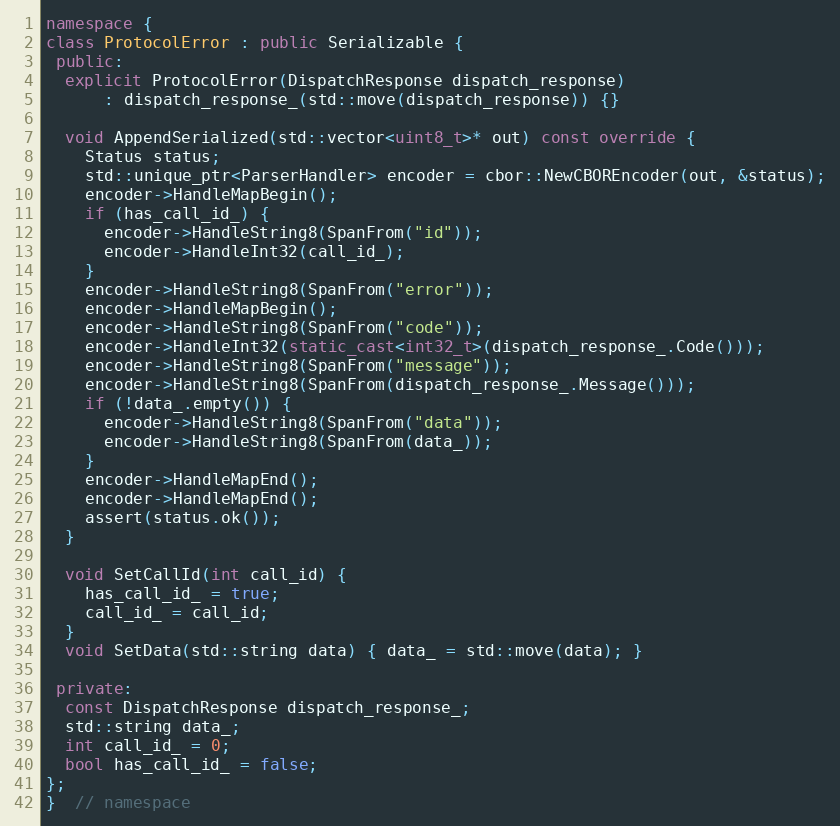
Language: C++
namespace {
class ProtocolError : public Serializable {
 public:
  explicit ProtocolError(DispatchResponse dispatch_response)
      : dispatch_response_(std::move(dispatch_response)) {}

  void AppendSerialized(std::vector<uint8_t>* out) const override {
    Status status;
    std::unique_ptr<ParserHandler> encoder = cbor::NewCBOREncoder(out, &status);
    encoder->HandleMapBegin();
    if (has_call_id_) {
      encoder->HandleString8(SpanFrom("id"));
      encoder->HandleInt32(call_id_);
    }
    encoder->HandleString8(SpanFrom("error"));
    encoder->HandleMapBegin();
    encoder->HandleString8(SpanFrom("code"));
    encoder->HandleInt32(static_cast<int32_t>(dispatch_response_.Code()));
    encoder->HandleString8(SpanFrom("message"));
    encoder->HandleString8(SpanFrom(dispatch_response_.Message()));
    if (!data_.empty()) {
      encoder->HandleString8(SpanFrom("data"));
      encoder->HandleString8(SpanFrom(data_));
    }
    encoder->HandleMapEnd();
    encoder->HandleMapEnd();
    assert(status.ok());
  }

  void SetCallId(int call_id) {
    has_call_id_ = true;
    call_id_ = call_id;
  }
  void SetData(std::string data) { data_ = std::move(data); }

 private:
  const DispatchResponse dispatch_response_;
  std::string data_;
  int call_id_ = 0;
  bool has_call_id_ = false;
};
}  // namespace